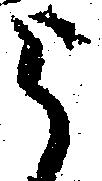
被